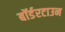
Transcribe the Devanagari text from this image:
बॉर्डरटाउन